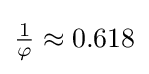
{\tfrac {1}{\varphi }}\approx 0.618